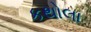
કથોલા